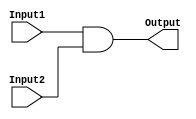
module AND(Input1,
           Input2,
           Output);
  
  input Input1;
  input Input2;
  output Output;
  
  assign Output = Input1 & Input2;
endmodule